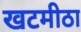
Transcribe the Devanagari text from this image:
खटमीठा